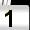
Digit: 1